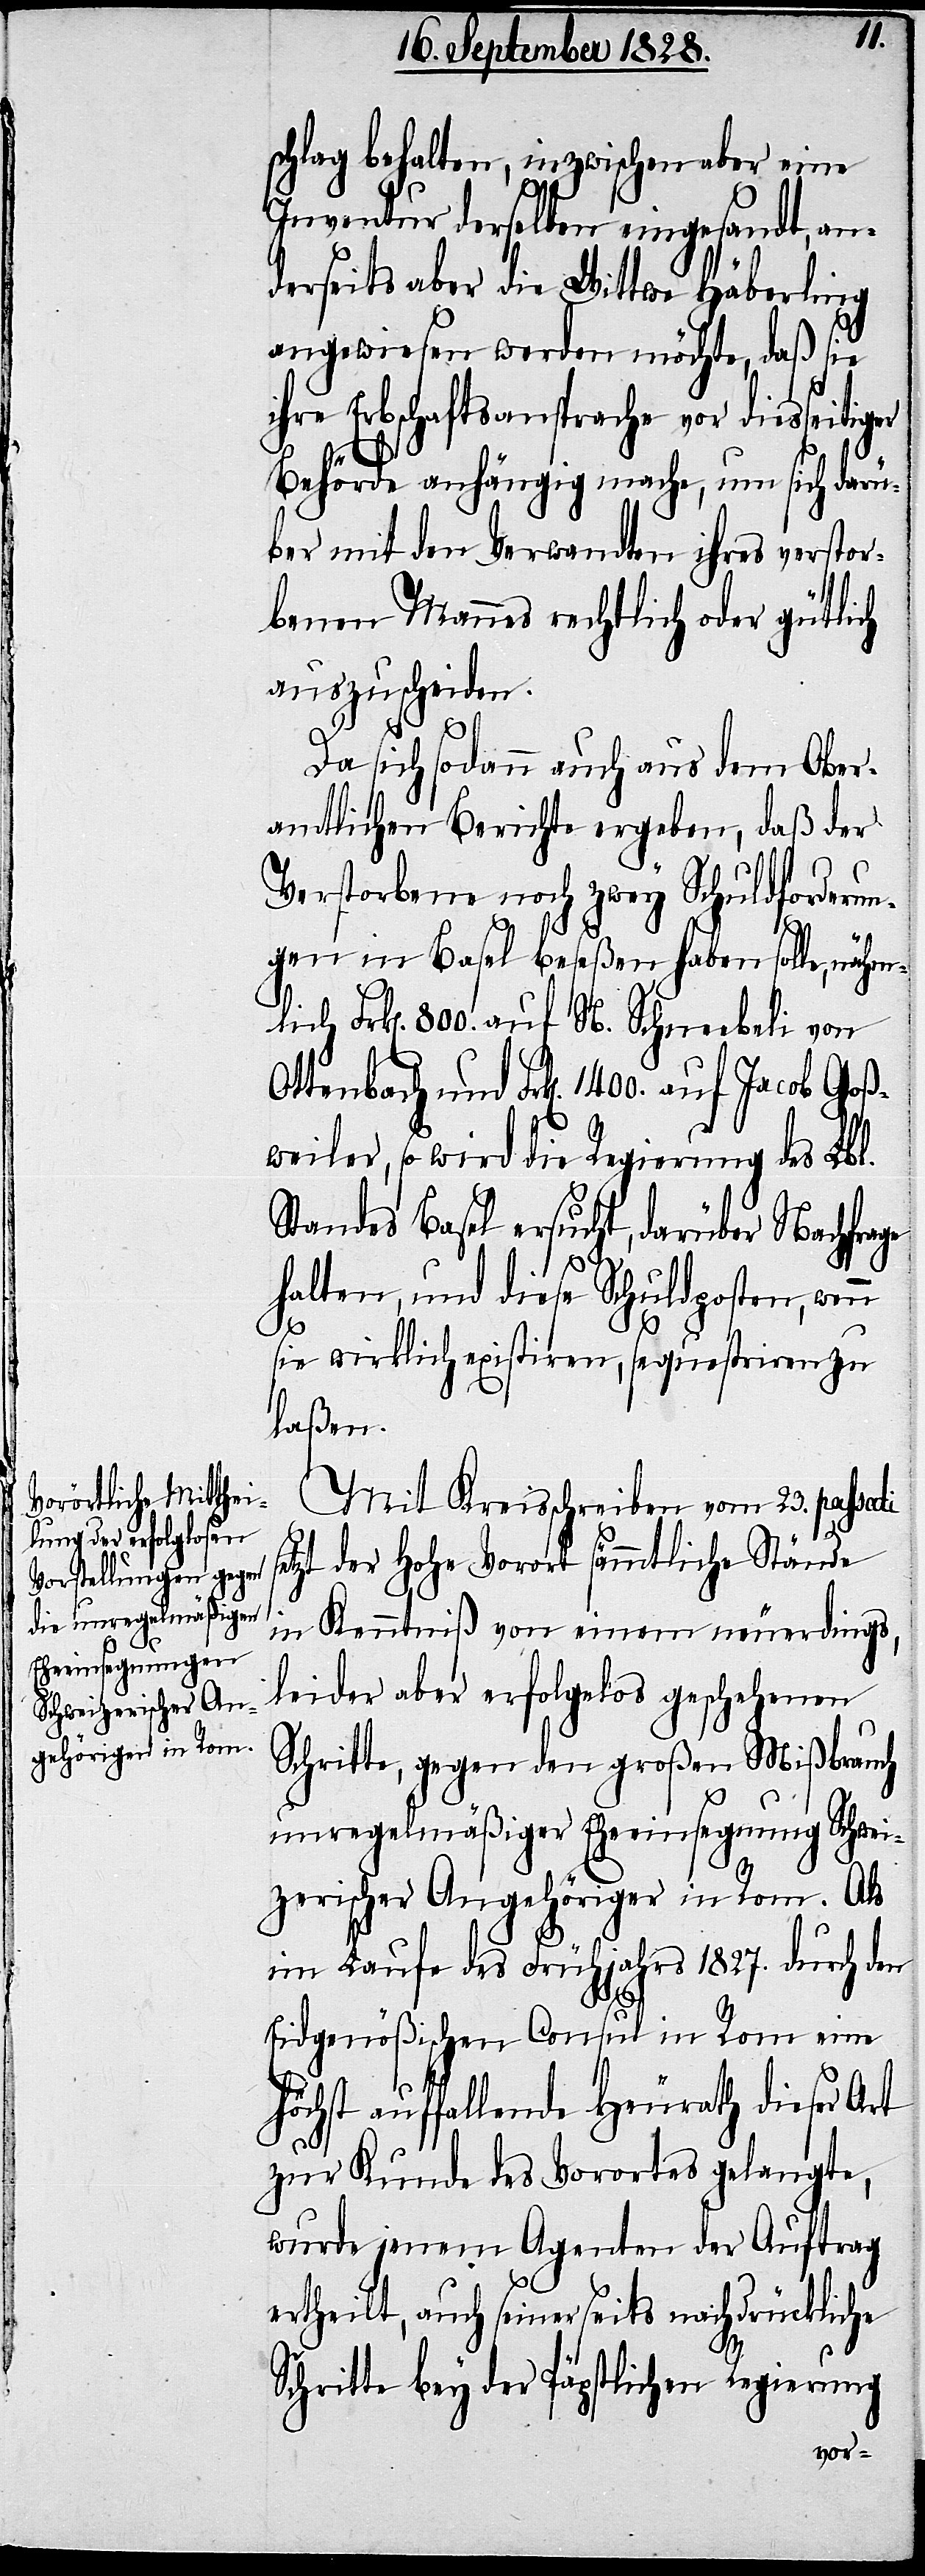
schlag behalten, inzwischen aber eine
Inventur derselben eingesandt, an¬
derseits aber die Wittwe Häberling
angewiesen werden möchte, daß sie
ihre Erbschaftsansprache vor diesseiti¬
ger
Behörde anhängig mache, um sich darü¬
ber mit den Verwandten ihres verstor¬
benen Mannes rechtlich oder gütlich
auszuscheiden.
Da sich sodann auch aus dem Ober¬
amtlichen Berichte ergeben, daß der
Verstorbene noch zwey Schuldforderun¬
gen in Basel beseßen haben solle, nähml¬
ich Frk[en]. 800. auf N. Schneebeli von
und Frk[en]. 1400. auf Jacob Goß¬
weiler, so wird die Regierung des Lbl.
Standes Basel ersucht, darüber Nachfrage
halten, und diese Schuldposten, wenn
sie wirklich existiren, sequestriren zu
laßen.
Mit Kreisschreiben vom 23. passati
setzt der Hohe Vorort sämmtliche Stände
in Kenntniß von einem neuerdings,
leider aber erfolgelos geschehenen
Schritte, gegen den großen Mißbrauch
unregelmäßiger Eheeinsegnung Schwei¬
zerischer Angehöriger in Rom. Als
im Laufe des Frühjahrs 1827. durch den
Eidgenößischen Consul in Rom eine
höchst auffallende Heurath dieser Art
zu Kunde des Vorortes gelangte,
wurde jenem Agenten der Auftrag
ertheilt, auch seinerseits nachdrückliche
Schritte bey der Päpstlichen Regierung